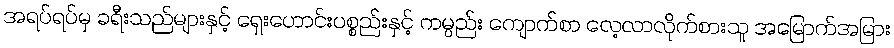
အရပ်ရပ်မှ ခရီးသည်များနှင့် ရှေးဟောင်းပစ္စည်းနှင့် ကမ္ပည်း ကျောက်စာ လေ့လာလိုက်စားသူ အမြောက်အမြား